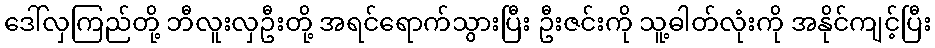
ဒေါ်လှကြည်တို့ ဘီလူးလှဦးတို့ အရင်ရောက်သွားပြီး ဦးဇင်းကို သူ့ဓါတ်လုံးကို အနိုင်ကျင့်ပြီး